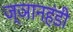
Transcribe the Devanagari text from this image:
ज्ञानहंडी